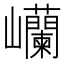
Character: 𫶥